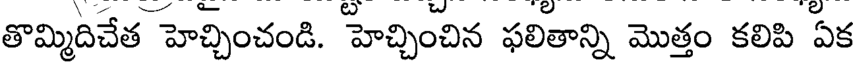
తొమ్మిదిచేత హెచ్చించండి. హెచ్చించిన ఫలితాన్ని మొత్తం కలిపి ఏక